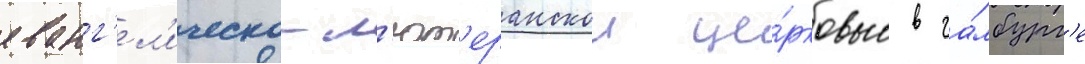
еванг'ел'ическо-л'ют'еранскои це́рковью в га́мбург'е